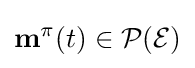
{\bf {m}}^{\pi }(t)\in {\mathcal {P({\mathcal {E}})}}